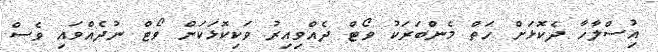
އިުސްލާހާ ދެކޮޅަށް ހަތް މެންބަރަކު ވޯޓް ދެއްވިއިރު ވަކިކޮޅަކަށް ވޯޓް ނުދެއްވައި ވެސް